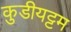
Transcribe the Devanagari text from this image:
कुडीयट्टम